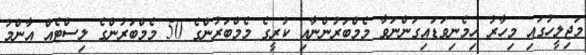
މަޖިލީހުގައި މިހާރު ހިމެނިވަޑައިގަންނަވާ މެމްބަރުންނާއި ކުރީގެ މެމްބަރުންގެ 50 މެމްބަރުންގެ ލިސްޓެއް އާންމު